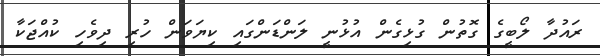
ރައުދާ ލޯބީގެ ގޮތުން ގުޅިގެން އުޅުނީ ލަންޑަންގައި ކިޔަވަން ހުރި ދިވެހި ކުއްޖަކާ